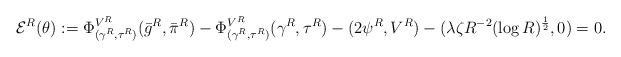
LaTeX: \begin{align*}\mathcal{E}^R(\theta) :=\Phi^{V^R}_{(\gamma^R, \tau^R)} (\bar{g}^R , \bar{\pi}^R) -\Phi^{V^R}_{(\gamma^R, \tau^R)} (\gamma^R, \tau^R)- (2\psi^R, V^R) - (\lambda \zeta R^{-2} (\log R)^\frac{1}{2}, 0)= 0.\end{align*}